Indian journal of veterinary science and animal husbandry - Volume 10,
Year: 1940
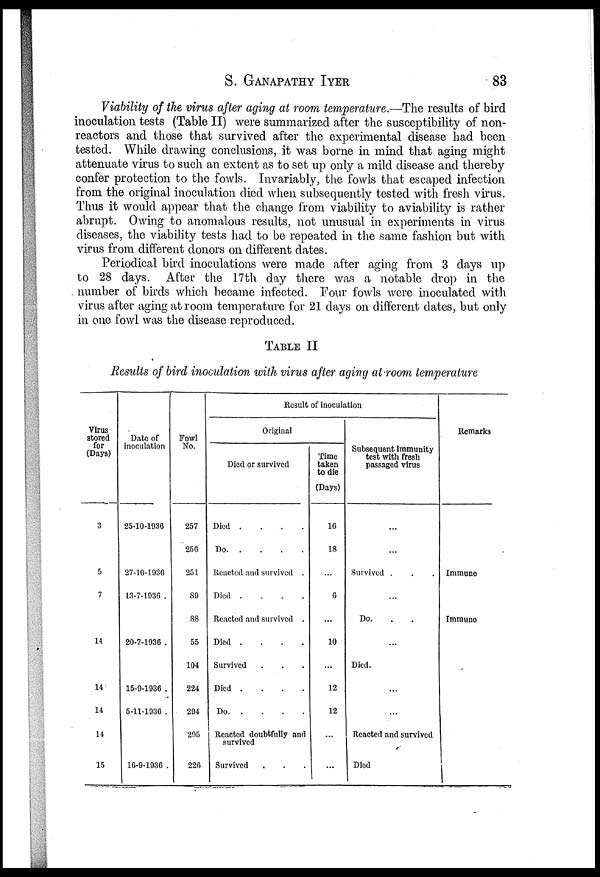
S.
GANAPATHY
IYER
83
Viability of the virus after aging at room temperature.—The results of bird
inoculation tests (Table II) were summarized after the susceptibility of non-
reactors and those that survived after the experimental disease had been
tested. While drawing conclusions, it was borne in mind that aging might
attenuate virus to such an extent as to set up only a mild disease and thereby
confer protection to the fowls. Invariably, the fowls that escaped infection
from the original inoculation died when subsequently tested with fresh virus.
Thus it would appear that the change from viability to aviability is rather
abrupt. Owing to anomalous results, not unusual in experiments in virus
diseases, the viability tests had to be repeated in the same fashion but with
virus from different donors on different dates.
Periodical bird inoculations were made after aging from 3 days up
to 28 days. After the 17th day there was a notable drop in the
number of birds which became infected. Four fowls were inoculated with
virus after aging at room temperature for 21 days on different dates, but only
in one fowl was the disease reproduced.
TABLE II
Results of bird inoculation with virus after aging at room temperature
Virus
stored
for
(Days)
3
5
7
14
14
14
14
15
Date of
inoculation
25-10-1936
27-10-1936
13-7-1936 .
20-7-1936 .
15-9-1936 .
5-11-1936 .
16-9-1936 .
Fowl
No.
257
256
251
89
88
55
104
224
294
295
226
Result of inoculation
Original
Died or survived
Died
....
Do
Reacted and survived .
Died
....
Reacted and survived .
Died
....
Survived . . .
Died
....
Do
Reacted doubtfully and
survived
Survived . . .
Time
taken
to die
(Days)
16
18
...
6
...
10
...
12
12
...
...
Subsequent immunity
test with fresh
passaged virus
...
...
Survived . . .
...
Do. . .
...
Died.
...
...
Reacted and survived
Died
Remarks
Immune
Immune